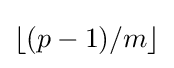
\lfloor (p-1)/m\rfloor